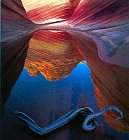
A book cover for Stone Canyons of the Colorado Plateau; Jack W. Dykinga; Travel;